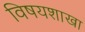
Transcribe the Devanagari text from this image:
विषयशाखा